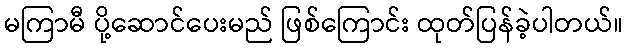
မကြာမီ ပို့ဆောင်ပေးမည် ဖြစ်ကြောင်း ထုတ်ပြန်ခဲ့ပါတယ်။